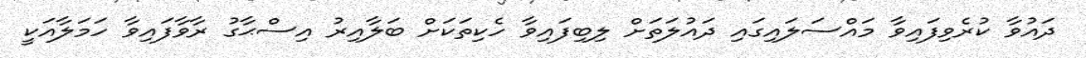
ދައުވާ ކުރެވިފައިވާ މައްސަލައިގައި ދައުލަތަށް ލިބިފައިވާ ހެކިތަކަށް ބަލާއިރު އިސްޙާގު ރާވާފައިވާ ހަމަލާއަކީ